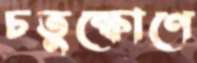
চতুষ্কোণে